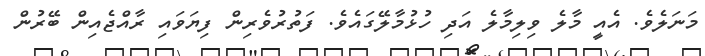
މަނަލެވެ. އެއީ މާލެ ވިލިމާލެ އަދި ހުޅުމާލޭގައެވެ. ފަތުރުވެރިން ފިޔަވައި ރާއްޖެއިން ބޭރުން